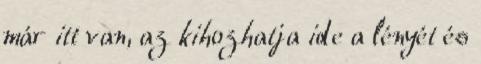
már itt van, az kihozhatja ide a lényét és